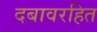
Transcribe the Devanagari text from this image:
दबावरहित